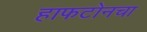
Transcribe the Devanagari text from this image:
हाफटोनचा